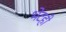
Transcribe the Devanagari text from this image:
भेटही